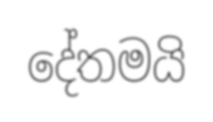
දේතමයි